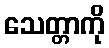
သေတ္တာကို